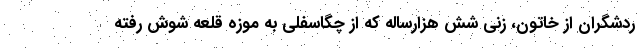
ردشگران از خاتون، زنی شش هزارساله که از چگاسفلی به موزه قلعه شوش رفته